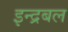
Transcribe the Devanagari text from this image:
इन्द्रबल